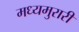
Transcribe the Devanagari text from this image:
मध्यमुरारी